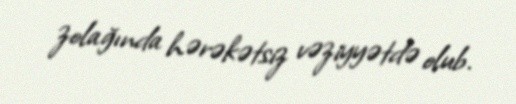
zolağında hərəkətsiz vəziyyətdə olub.